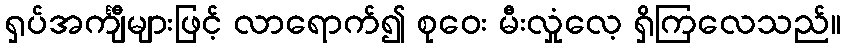
ရှပ်အင်္ကျီများဖြင့် လာရောက်၍ စုဝေး မီးလှုံလေ့ ရှိကြလေသည်။